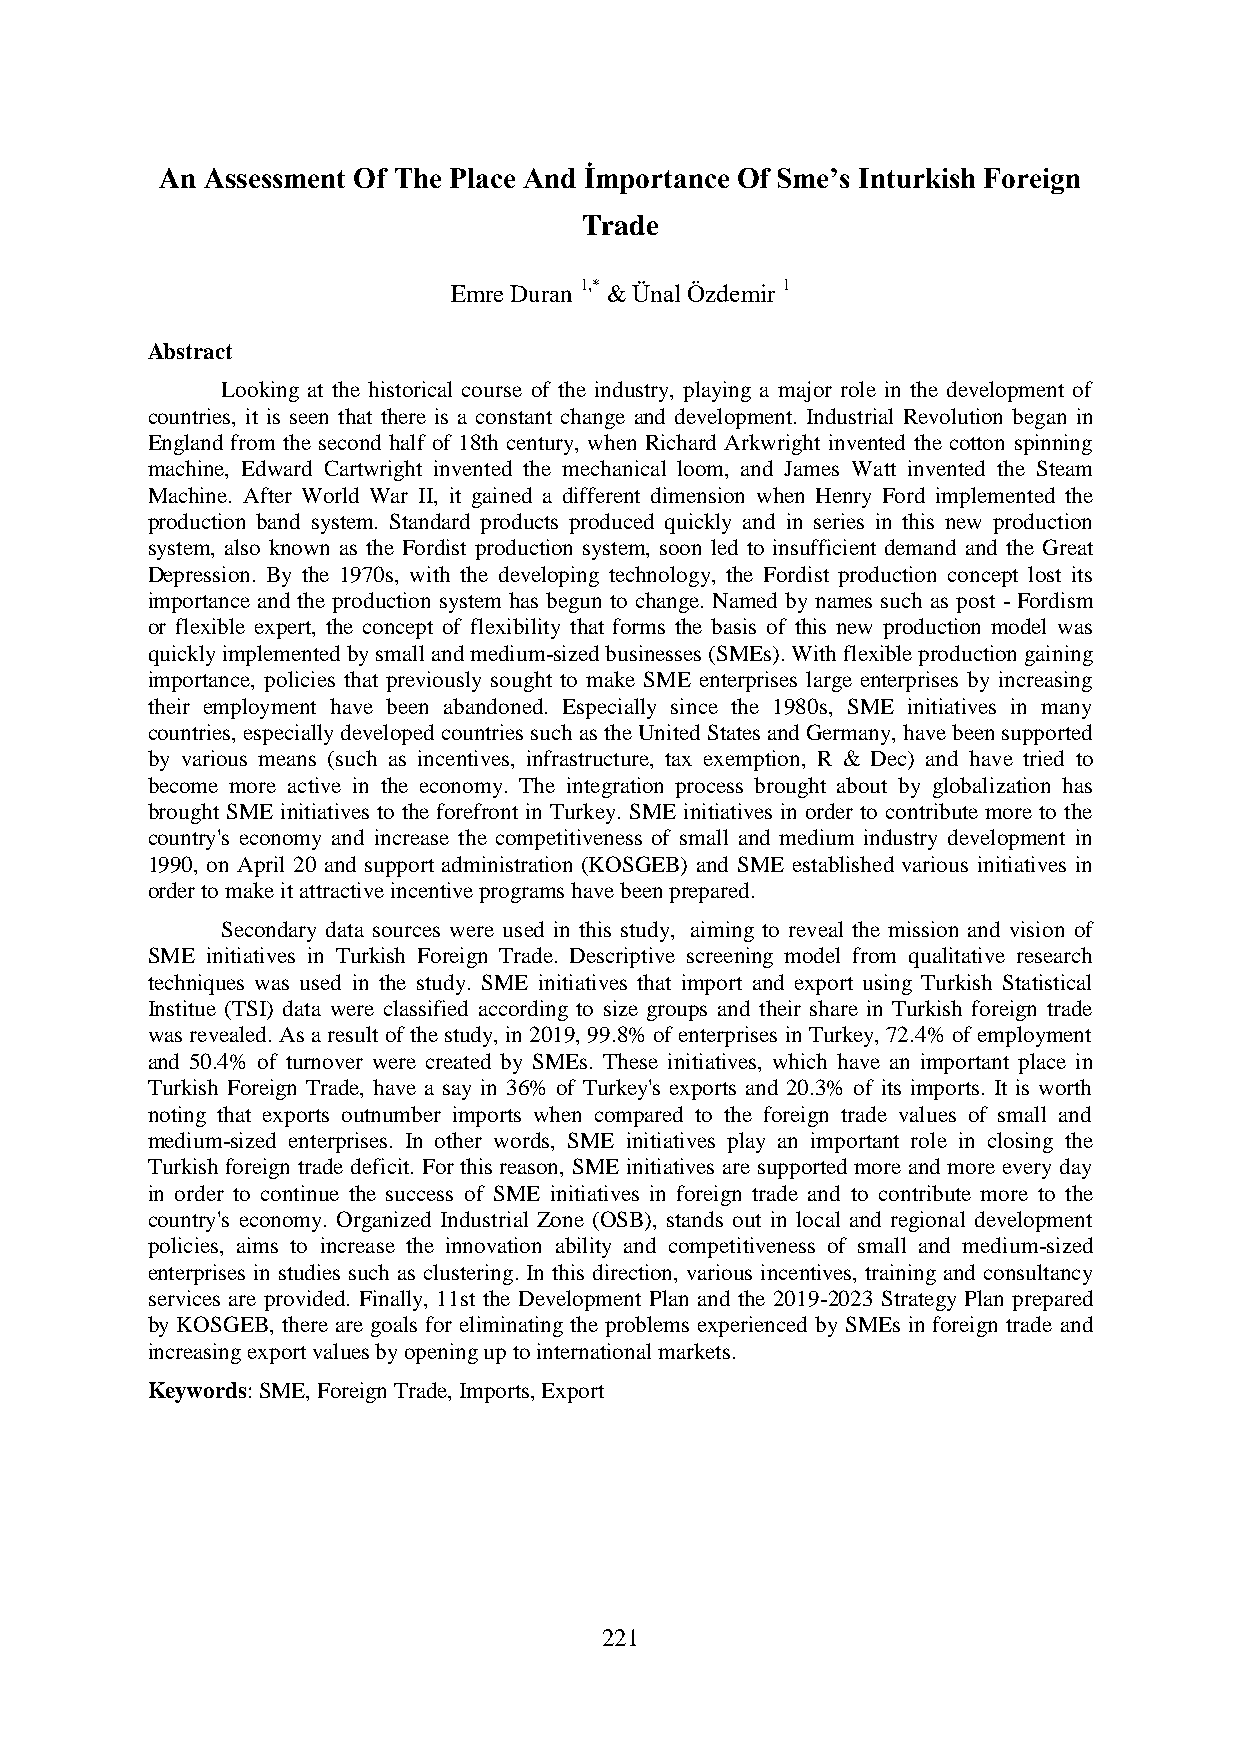
An Assessment Of The Place And İmportance Of Sme’s Inturkish Foreign
 Trade
 Emre Duran 1,* & Ünal Özdemir 1
 Abstract
 Looking at the historical course of the industry, playing a major role in the development of
 countries, it is seen that there is a constant change and development. Industrial Revolution began in
 England from the second half of 18th century, when Richard Arkwright invented the cotton spinning
 machine, Edward Cartwright invented the mechanical loom, and James Watt invented the Steam
 Machine. After World War II, it gained a different dimension when Henry Ford implemented the
 production band system. Standard products produced quickly and in series in this new production
 system, also known as the Fordist production system, soon led to insufficient demand and the Great
 Depression. By the 1970s, with the developing technology, the Fordist production concept lost its
 importance and the production system has begun to change. Named by names such as post - Fordism
 or flexible expert, the concept of flexibility that forms the basis of this new production model was
 quickly implemented by small and medium-sized businesses (SMEs). With flexible production gaining
 importance, policies that previously sought to make SME enterprises large enterprises by increasing
 their employment have been abandoned. Especially since the 1980s, SME initiatives in many
 countries, especially developed countries such as the United States and Germany, have been supported
 by various means (such as incentives, infrastructure, tax exemption, R & Dec) and have tried to
 become more active in the economy. The integration process brought about by globalization has
 brought SME initiatives to the forefront in Turkey. SME initiatives in order to contribute more to the
 country's economy and increase the competitiveness of small and medium industry development in
 1990, on April 20 and support administration (KOSGEB) and SME established various initiatives in
 order to make it attractive incentive programs have been prepared.
 Secondary data sources were used in this study, aiming to reveal the mission and vision of
 SME initiatives in Turkish Foreign Trade. Descriptive screening model from qualitative research
 techniques was used in the study. SME initiatives that import and export using Turkish Statistical
 Institue (TSI) data were classified according to size groups and their share in Turkish foreign trade
 was revealed. As a result of the study, in 2019, 99.8% of enterprises in Turkey, 72.4% of employment
 and 50.4% of turnover were created by SMEs. These initiatives, which have an important place in
 Turkish Foreign Trade, have a say in 36% of Turkey's exports and 20.3% of its imports. It is worth
 noting that exports outnumber imports when compared to the foreign trade values of small and
 medium-sized enterprises. In other words, SME initiatives play an important role in closing the
 Turkish foreign trade deficit. For this reason, SME initiatives are supported more and more every day
 in order to continue the success of SME initiatives in foreign trade and to contribute more to the
 country's economy. Organized Industrial Zone (OSB), stands out in local and regional development
 policies, aims to increase the innovation ability and competitiveness of small and medium-sized
 enterprises in studies such as clustering. In this direction, various incentives, training and consultancy
 services are provided. Finally, 11st the Development Plan and the 2019-2023 Strategy Plan prepared
 by KOSGEB, there are goals for eliminating the problems experienced by SMEs in foreign trade and
 increasing export values by opening up to international markets.
 Keywords: SME, Foreign Trade, Imports, Export
 221